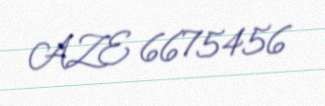
AZE 6675456